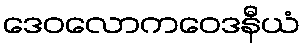
ဒေဝလောကဝေဒနီယံ